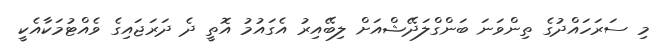
މި ސަރަހައްދުގެ ތިންވަނަ ބަންގްލަދޭޝްއަށް ލިބޭއިރު އެގައުމު އޮތީ ދެ ދަރަޖައިގެ ވެއްޓުމަކާއެކީ